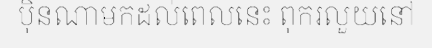
ប៉ិនណាមកដល់ពេលនេះ ពុករលួយនៅ